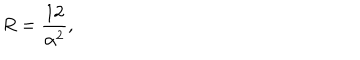
R = \frac { 1 2 } { \alpha ^ { 2 } } ,